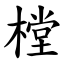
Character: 樘